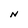
Character: N